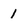
Character: I